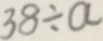
3 8 \div a